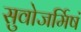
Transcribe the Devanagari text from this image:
सुवोजर्मिषं